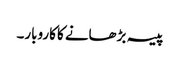
پیسہ بڑھانے کا کاروبار۔